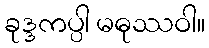
ခုဒ္ဒကပ္ပါ မဓုဿဝါ။